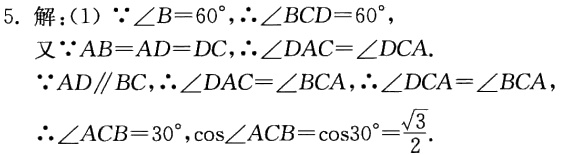
5. 解：(1) \(\because\angle B = 60^{\circ},\therefore\angle BCD = 60^{\circ}\)，

又\(\because AB = AD = DC,\therefore\angle DAC=\angle DCA\).

\(\because AD\parallel BC,\therefore\angle DAC=\angle BCA,\therefore\angle DCA=\angle BCA\)

\(\therefore\angle ACB = 30^{\circ},\cos\angle ACB=\cos30^{\circ}=\frac{\sqrt{3}}{2}\).